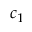
c _ { 1 }